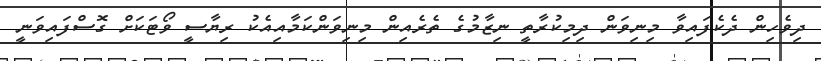
ދިވެހިން ދެކެފައިވާ މިނިވަން ދިމިކުރާތީ ނިޒާމުގެ ތެރެއިން މިނިވަންކަމާއިއެކު ރިޔާސީ ވޯޓަކަށް ގޮސްފައިވަނީ